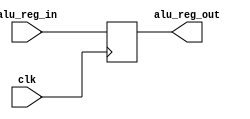
`timescale 1ns / 1ps
//////////////////////////////////////////////////////////////////////////////////
// Company: 
// Engineer: 
// 
// Design Name: 
// Module Name:    alu_reg 
// Project Name: 
// Target Devices: 
// Tool versions: 
// Description: 
//
// Dependencies: 
//
// Revision: 
// Revision 0.01 - File Created
// Additional Comments: 
//
//////////////////////////////////////////////////////////////////////////////////
module alu_reg(
	input [31:0]alu_reg_in,
	output reg [31:0]alu_reg_out,
	input clk
);

always @ (posedge clk)
begin
	alu_reg_out = alu_reg_in;
end 

endmodule